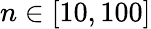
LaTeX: n\in[10,100]